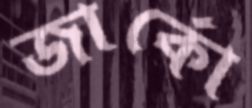
জার্কো